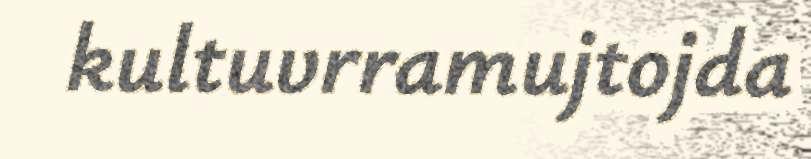
kultuvrramujtojda